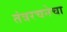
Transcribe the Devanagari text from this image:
तंत्ररचनेचा